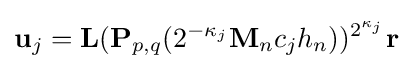
\mathbf {u} _{j}=\mathbf {L} (\mathbf {P} _{p,q}(2^{-\kappa _{j}}\mathbf {M} _{n}c_{j}h_{n}))^{2^{\kappa _{j}}}\mathbf {r}